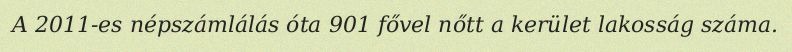
A 2011-es népszámlálás óta 901 fővel nőtt a kerület lakosság száma.